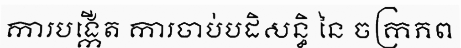
ការបង្កើត ការចាប់បដិសន្ធិ នៃ ចក្រភព